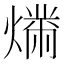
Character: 𬋉